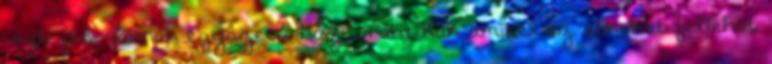
végleges, vannak egyszerű házi praktikák amivel az átkokat fellehet